Assam Mental Hospital (Tezpur, India) - 1933-1948
Year: 1933
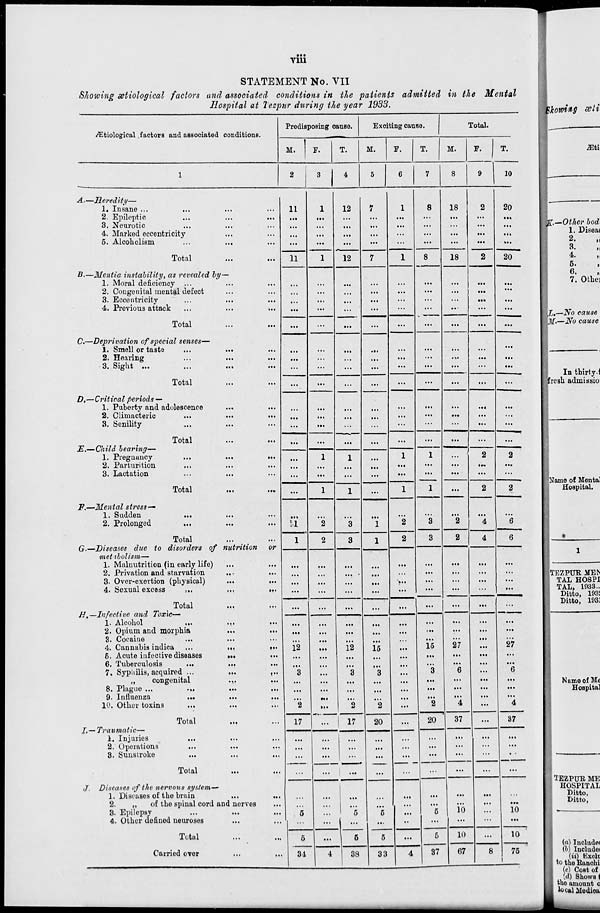
viii
STATEMENT No. VII
Showing ætiological factors and associated conditions in the patients admitted in the Mental
Hospital at Tezpur during the year 1933.
Ætiological factors and associated conditions.
1
A.—Heredity—
1. Insane ... ... ... ...
2. Epileptic ... ... ...
3. Neurotic ... ... ...
4. Marked eccentricity ... ...
5. Alcoholism ... ... ...
Total ... ...
B.—Mentia instability, as revealed by—
1. Moral deficiency ... ... ...
2. Congenital mental defect ... ...
3. Eccentricity ... ... ...
4. Previous attack ... ... ...
Total ... ...
C.—Deprivation of special senses—
1. Smell or taste
...
... ...
2. Hearing ... ... ...
3. Sight
...
...
...
Total ... ...
D.—Critical periods —
1. Puberty and adolescence ... ...
2. Climacteric
...
...
...
3. Senility ... ... ...
Total ... ...
E.—Child bearing—
1. Pregnancy
...
...
...
2. Parturition ... ... ...
3. Lactation ... ... ...
Total
...
...
F.—Mental stress—
1. Sudden ... ... ...
2. Prolonged ... ... ...
Total ... ...
G.—Diseases due to disorders of nutrition
or
metabolism—
1. Malnutrition (in early life) ... ...
2. Privation and starvation
... ...
3. Over-exertion (physical)
...
...
4. Sexual excess
...
...
...
Total ... ...
H.—Infective and Toxic-
1. Alcohol
...
...
...
2. Opium and morphia ... ...
3. Cocaine ... ... ...
4. Cannabis indica ...
...
...
5. Acute infective diseases
... ... ...
6. Tuberculosis
... ... ...
7. Syphilis, acquired ...
...
...
„
congenital
...
...
8. Plague ...
...
...
...
9. Influenza
...
...
...
10. Other toxins ... ... ...
Total ... ...
I.— Traumatic—
1. Injuries ... ... ...
2. Operations ... ... ...
3. Sunstroke ... ... ...
Total ... ...
J Diseases of the nervous system—
1. Diseases of the brain ... ...
2.
„
of the spinal cord and nerves ...
3. Epilepsy ... ... ...
4. Other defined neuroses ... ...
Total ... ...
Carried over ... ...
Predisposing cause.
M.
2
11
...
...
...
...
11
...
...
...
...
...
...
...
...
...
...
...
...
...
...
...
...
...
...
1
1
...
...
...
...
...
...
...
...
12
...
...
3
...
...
...
2
17
...
...
...
...
...
...
5
...
5
34
F.
3
1
...
...
...
...
1
...
...
...
...
...
...
...
...
...
...
...
...
...
1
...
...
1
... 2
2
...
...
...
...
...
...
...
...
...
...
...
...
...
...
...
...
...
...
...
...
...
...
...
...
...
...
4
T.
4
12
...
...
...
...
12
...
...
...
...
...
...
...
...
...
...
...
...
...
1
...
...
1
...
3
3
...
...
...
...
...
...
...
...
12
...
...
3
...
...
...
2
17
...
...
...
...
...
...
5
...
5
38
Exciting cause.
M.
5
7
...
...
...
...
7
...
...
...
...
...
...
...
...
...
...
...
...
...
...
...
...
...
...
1
1
...
...
...
...
...
...
...
...
15
...
...
3
...
...
...
2
20
...
...
...
...
...
...
5
...
5
33
F.
6
1
...
...
...
...
1
...
...
...
...
...
...
...
...
...
...
...
...
...
1
...
...
1
...
2
2
...
...
...
...
...
...
...
...
...
...
...
...
...
...
...
...
...
...
...
...
...
...
...
...
...
...
4
T.
7
8
...
...
...
...
8
...
...
...
...
...
...
...
...
...
...
...
...
...
1
...
...
1
...
3
3
...
...
...
...
...
...
...
...
15
...
...
3
...
...
...
2
20
...
...
...
...
...
...
5
...
5
37
Total.
M.
8
18
...
...
...
...
18
...
...
...
...
...
...
...
...
...
...
...
...
...
...
...
...
...
...
2
2
...
...
...
...
...
...
...
...
27
...
...
6
...
...
...
4
37
...
...
...
...
...
...
10
...
10
67
F.
9
2
...
...
...
...
2
...
...
...
...
...
...
...
...
...
...
...
...
...
2
...
...
2
...
4
4
...
...
...
...
...
...
...
...
...
...
...
...
...
...
...
...
...
...
...
...
...
...
...
...
...
...
8
T.
10
20
...
...
...
...
20
...
...
...
...
...
...
...
...
...
...
...
...
...
2
...
...
2
...
6
6
...
...
...
...
...
...
...
...
27
...
...
6
...
...
...
4
37
...
...
...
...
...
...
10
...
10
75